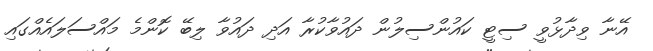
އޭނާ ވިދާޅުވީ ސިޓީ ކައުންސިލުން ދައުވާކުރާ އަދި ދައުވާ ލިބޭ ކޮންމެ މައްސަލައެއްގައި